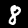
Label: 8